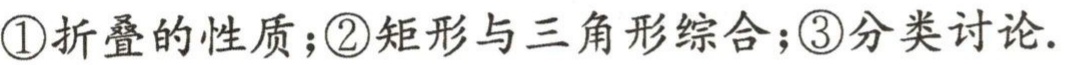
\textcircled{1}折叠的性质；\textcircled{2}矩形与三角形综合；\textcircled{3}分类讨论.